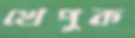
খেপুক